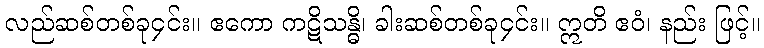
လည်ဆစ်တစ်ခု၄င်း။ ဧကော ကဋိသန္ဓိ၊ ခါးဆစ်တစ်ခု၄င်း။ ဣတိ ဧဝံ၊ နည်း ဖြင့်။